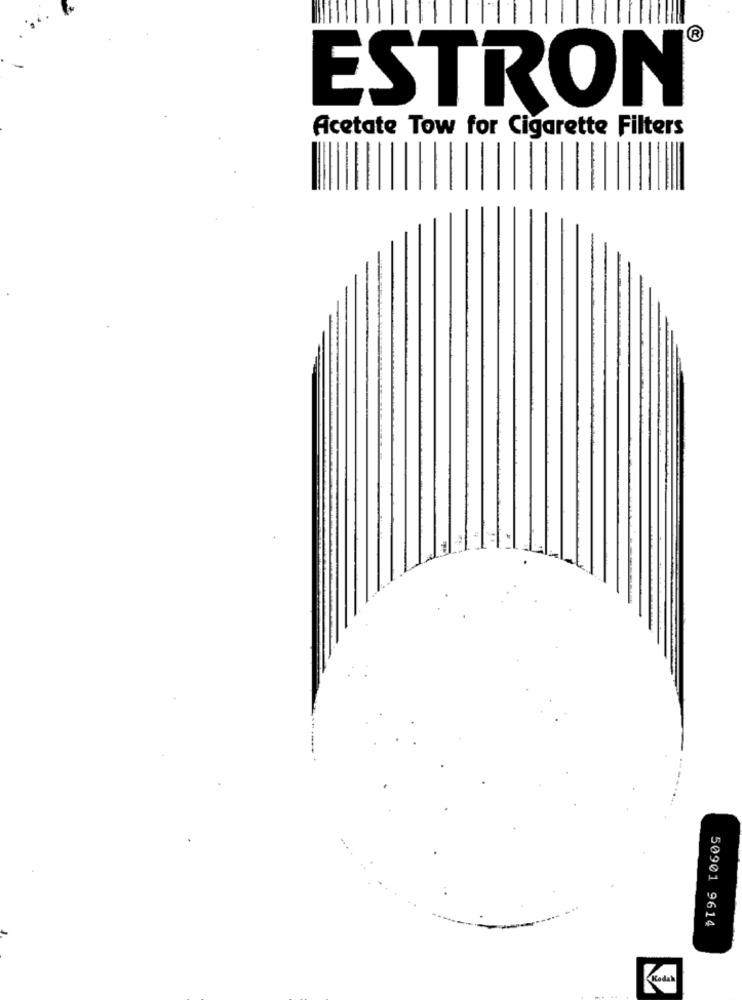
®
ESTRON
Acetate Tow for Cigarette Filters
50901 9614
Kodak